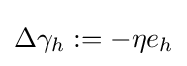
\Delta \gamma _{h}:=-\eta e_{h}